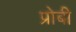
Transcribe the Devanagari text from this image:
प्रोबी